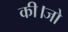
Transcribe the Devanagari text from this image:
की।जो